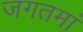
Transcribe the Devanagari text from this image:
जगतमां